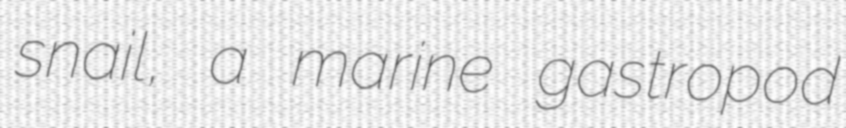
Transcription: snail, a marine gastropod